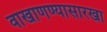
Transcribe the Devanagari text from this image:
वाखाणण्यासारखा